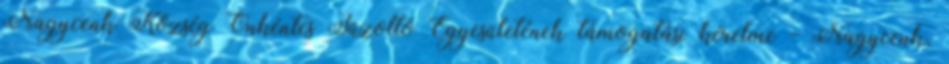
Nagycenk Község Önkéntes Tűzoltó Egyesületének támogatási kérelme - Nagycenk,